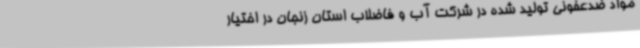
مواد ضدعفونی تولید شده در شرکت آب و فاضلاب استان زنجان در اختیار